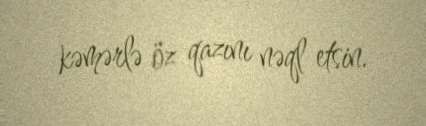
kəmərlə öz qazını nəql etsin.